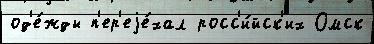
од'е́жды п'ер'еjе́хал росс'и́йск'их Омск